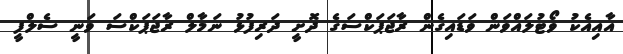
އާއިއެކު ވޯޓުލައްވަން ވަޑައިގެން ރާޖަޕަކްސަގެ ދޮށީ ދަރިފުޅު ނަމާލް ރާޖަޕަކްސަ ވަނީ ސެލްފީ